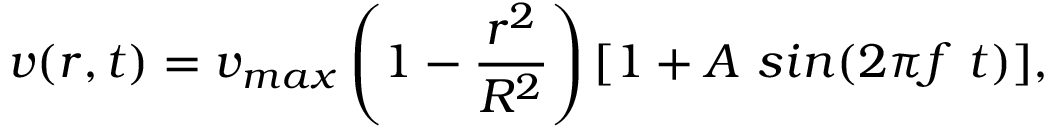
v ( r , t ) = v _ { m a x } \left( 1 - \frac { r ^ { 2 } } { R ^ { 2 } } \right) [ 1 + A \ s i n ( 2 \pi f \ t ) ] ,